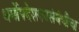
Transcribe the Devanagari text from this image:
धर्मोपदेशकासंबंधीचा